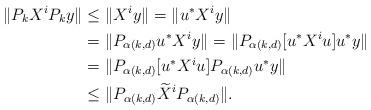
LaTeX: \begin{align*} \Vert P_kX^iP_k y\Vert &\leq \Vert X^i y\Vert = \Vert u^*X^iy\Vert \\&=\Vert P_{\alpha(k,d)}u^*X^iy\Vert =\Vert P_{\alpha(k,d)}[u^*X^iu]u^*y\Vert \\ &= \Vert P_{\alpha(k,d)}[u^*X^iu]P_{\alpha(k,d)}u^*y\Vert \\ &\leq \Vert P_{\alpha(k,d)} \widetilde{X}^iP_{\alpha(k,d)} \Vert.\end{align*}